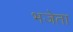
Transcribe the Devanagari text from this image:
भजेता